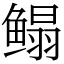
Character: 鳎